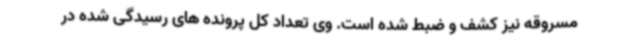
مسروقه نیز کشف و ضبط شده است. وی تعداد کل پرونده های رسیدگی شده در